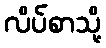
လိပ်စာသို့